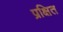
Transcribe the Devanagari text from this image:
प्रक्षित